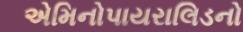
એમિનોપાયરાલિડનો